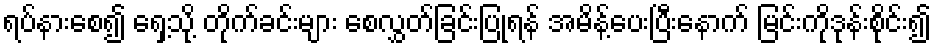
ရပ်နားစေ၍ ရှေ့သို့ တိုက်ခင်းများ စေလွှတ်ခြင်းပြုရန် အမိန့်ပေးပြီးနောက် မြင်းကိုဒုန်းစိုင်း၍